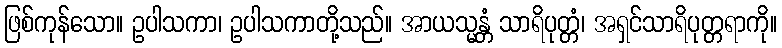
ဖြစ်ကုန်သော။ ဥပါသကာ၊ ဥပါသကာတို့သည်။ အာယသ္မန္တံ သာရိပုတ္တံ၊ အရှင်သာရိပုတ္တရာကို။